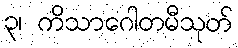
၃၊ ကိသာဂေါတမီသုတ်